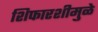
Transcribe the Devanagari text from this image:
शिफारशीमुळे